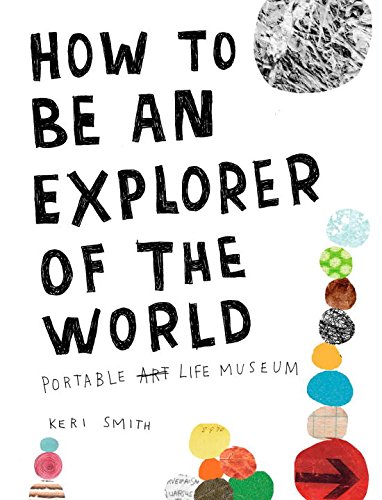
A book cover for How to Be an Explorer of the World: Portable Life Museum; Keri Smith; Self-Help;